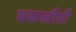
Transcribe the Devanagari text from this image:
बकलौती